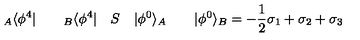
{ } _ { A } \langle \phi ^ { 4 } | \qquad { } _ { B } \langle \phi ^ { 4 } | \quad S \quad | \phi ^ { 0 } \rangle _ { A } \qquad | \phi ^ { 0 } \rangle _ { B } = - \frac { 1 } { 2 } \sigma _ { 1 } + \sigma _ { 2 } + \sigma _ { 3 }